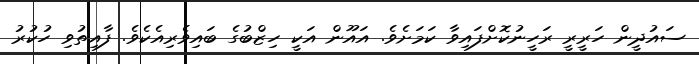
ސައުދީން ހަރީރީ ރަހީނުކޮށްފައިވާ ކަމަށެވެ. އައޫން އަކީ ހިޒްބުގެ ބައިވެރިއެކެވެ. ފާއިތުވި ހުކުރު